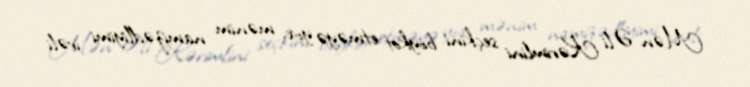
Mən Əli Kərimlini seçkini boykot etməyə yox, mənim namizədliyimi irəli